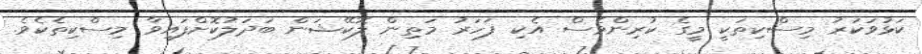
ކަޅުވަކަރު މިސްކިތަކީ މީގެ ކުރިންވެސް އެކި ފަހަރު މަތިން ލޮކޭޝަން ބަދަލުކޮށްފައިވާ މިސްކިތެކެވެ.